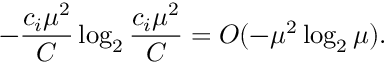
- \frac { c _ { i } \mu ^ { 2 } } { C } \log _ { 2 } { \frac { c _ { i } \mu ^ { 2 } } { C } } = O ( - \mu ^ { 2 } \log _ { 2 } { \mu } ) .